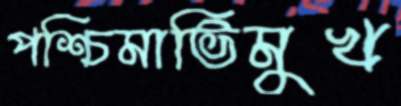
পশ্চিমাভিমুখ